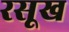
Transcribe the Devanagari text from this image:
रसूख